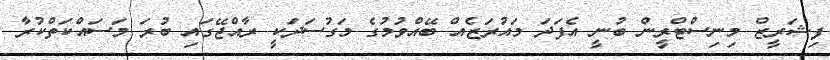
ފިޝަރީޒް މިނިސްޓްރީން ބުނީ އެފަދަ މައުރަޒެއް ބޭއްވުމުގެ މަގުސަދަކީ ރާއްޖޭގައި ބުރަ މަސައްކަތްކުރާ